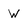
Character: W